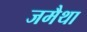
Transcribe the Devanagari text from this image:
जमैथा